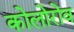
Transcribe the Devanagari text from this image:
कोलोरोव